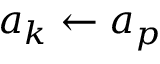
a _ { k } \leftarrow a _ { p }